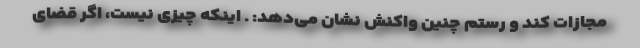
مجازات کند و رستم چنین واکنش نشان می‌دهد: . اینکه چیزی نیست، اگر قضای